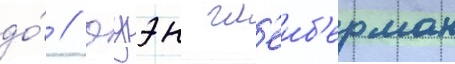
до́ // Оуэн гл'еиб'ерман